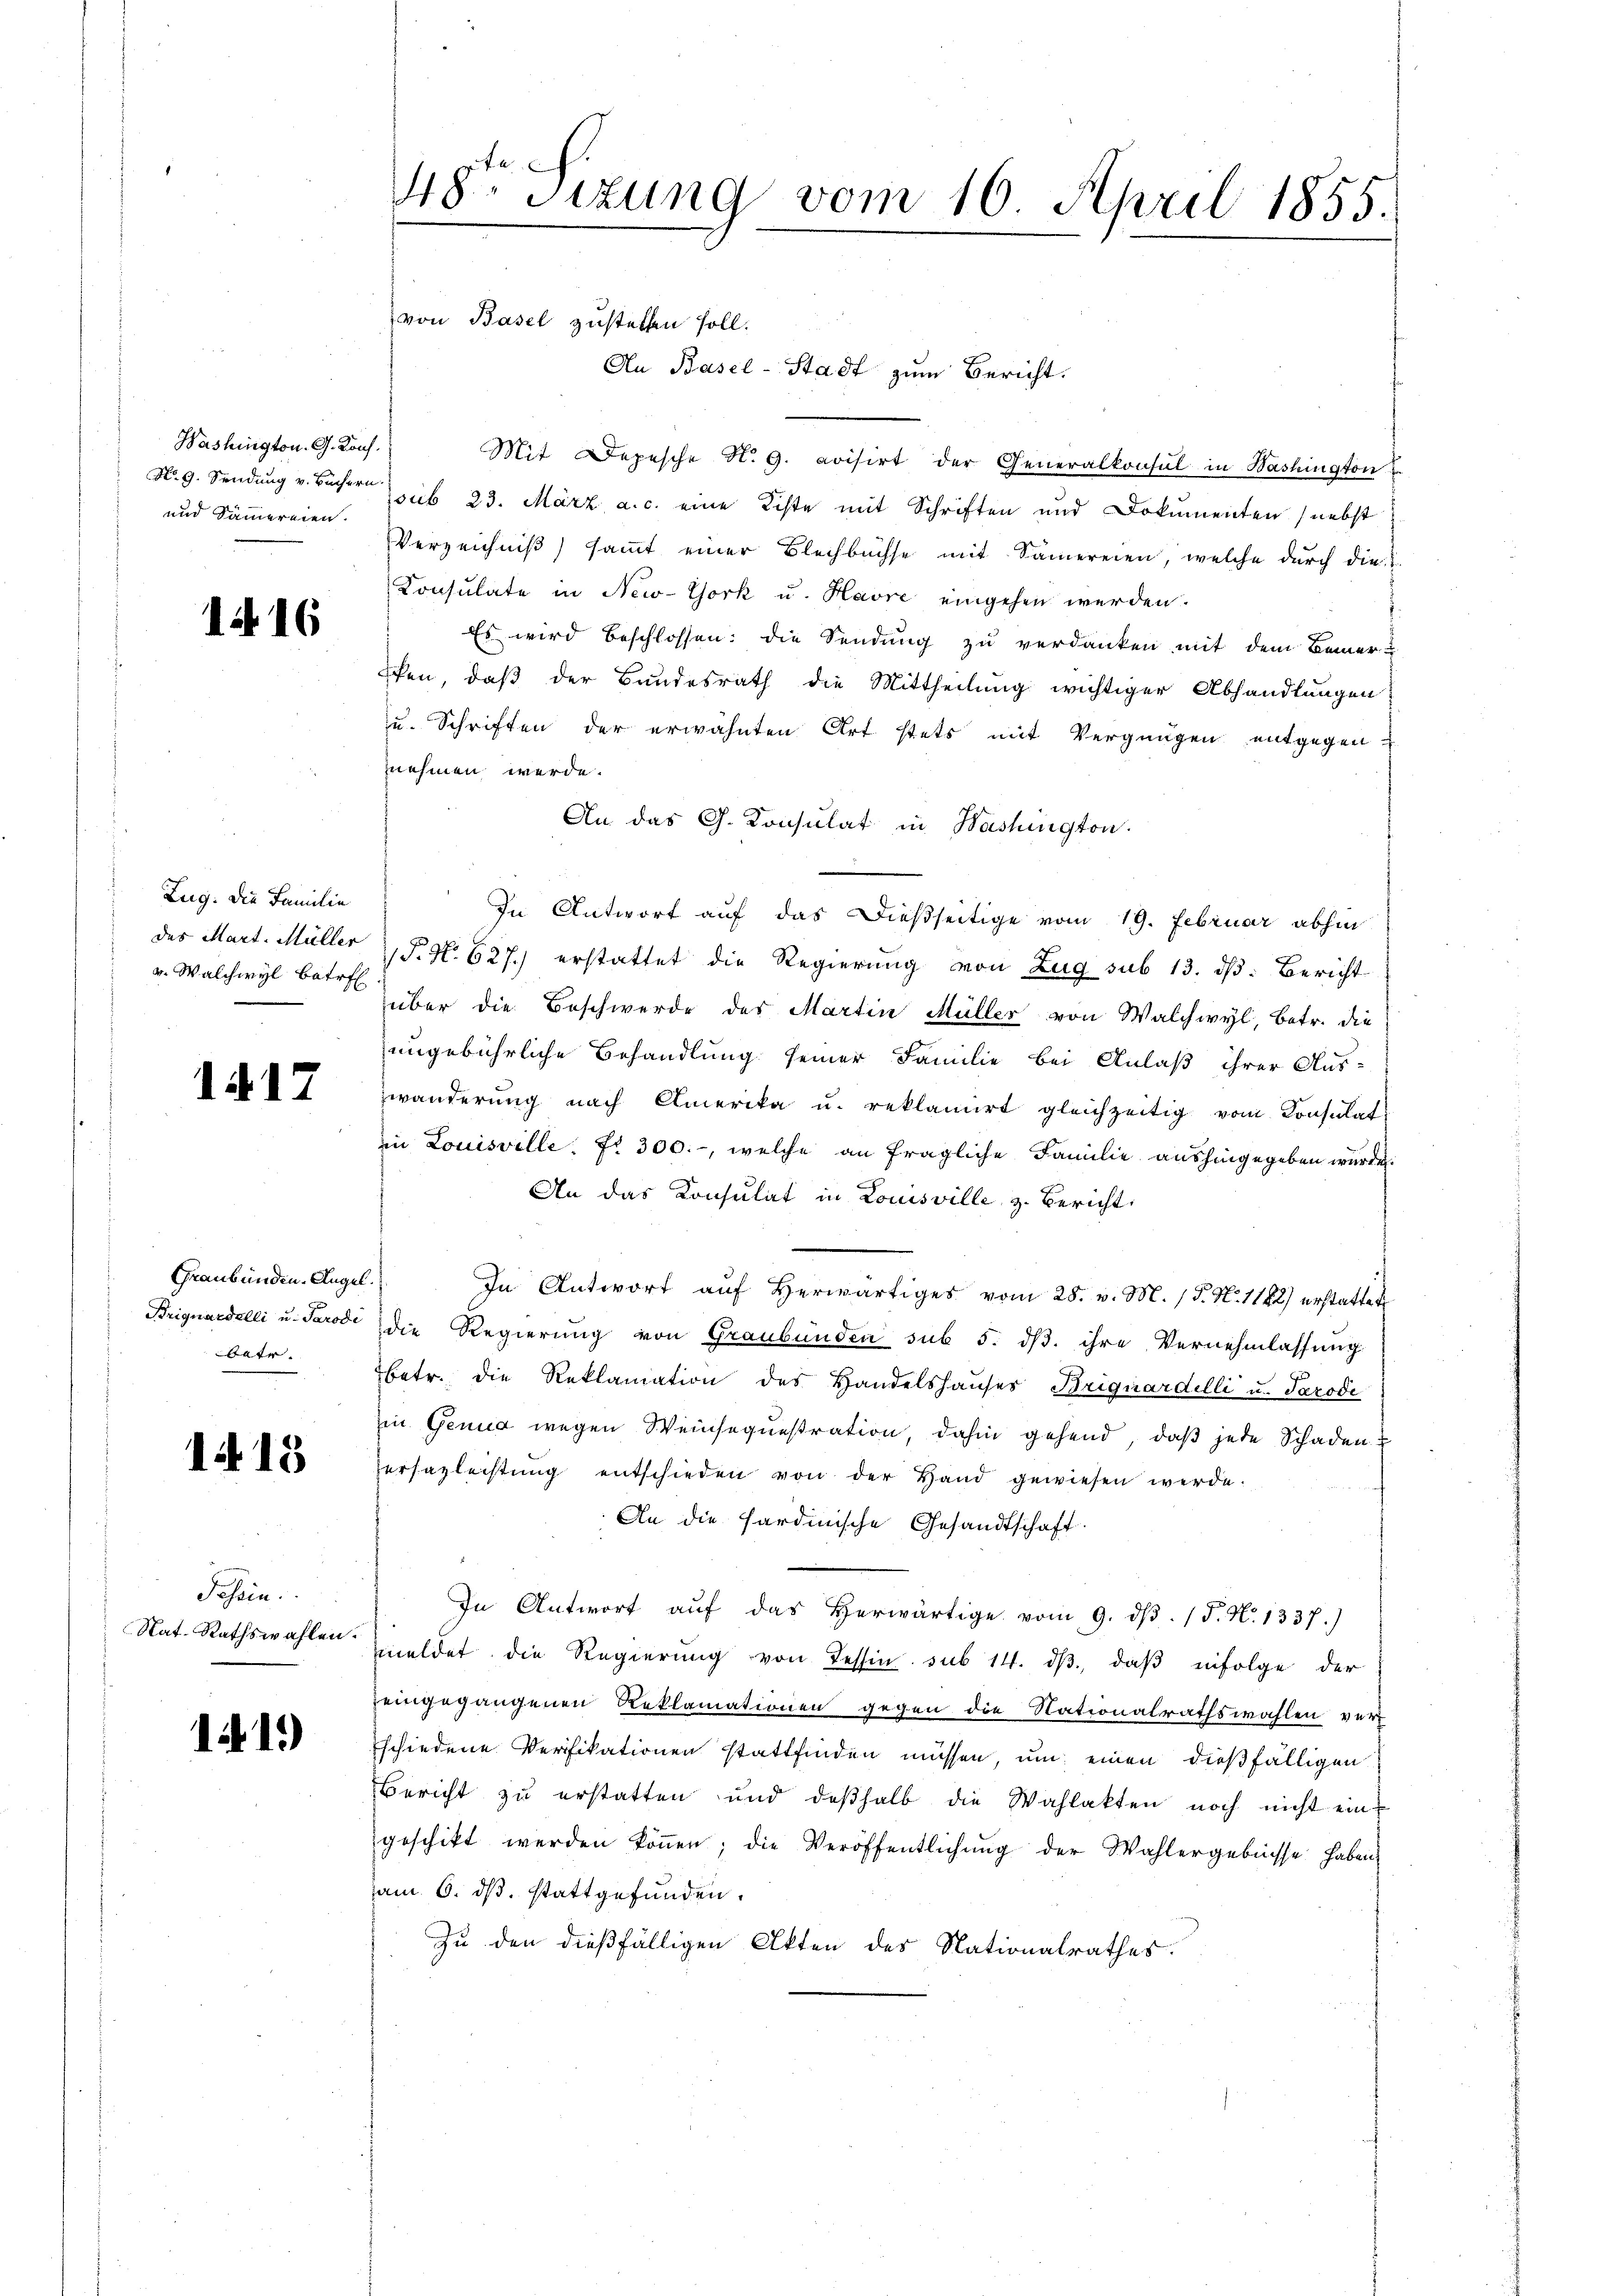
Washington. G. Konf.
und Sammereien.

1416

Zug: Die Familie
des Mart. Müller
v. Walchwyl betr

1417

Graubünden-Angel
Briguardelli u. Parodi
betr.

118

41.)

Schein.
Nat. Rathswahlen.

48. Sizung vom 10. April 1855.

von Basel zustellen soll.
An Basel-Stadt zum Bericht.
Mit Depesche N. 9. avisirt der Generalkonsul in Washington
No. 9. Sendung v. Büchern sub 23. März a. c. eine Kiste mit Schriften und Dokumenten (nebst
Verzeichniß) sammt einer Blechbüchse mit Samereien, welche durch die
Consulate in New-York u. Havre eingehen werden.
Es wird beschlossen: die Sendung zu verdanken mit dem Bemerhen, daß der Bundesrath die Mittheilung wichtiger Abhandlungen
zu. Schriften der erwähnten Art stets mit Vergnügen entgegen
nehmen werde.
An das G. Konsulat in Washington.
In Antwort auf das dießseitige vom 19. Februar abhin
P. Nr. 627.) erstattet die Regierung von Zug sub 13. dβ. Bericht
über die Beschwerde des Martin Müller von Walchwyl, betr. die
ungebührliche Behandlung seiner Familie bei Anlaß ihrer Aus-
wanderung nach Amerika u. reklamirt gleichzeitig vom Konsulat
in Louisville. Fr. 300.-, welche an fragliche Familie aushingegeben wurde.
An das Konsulat in Louisville z. Bericht:
In Antwort auf herwärtiges vom 28. v. M. (T. N. 1182) erstattet
die Regierung von Graubünden sub 5. dβ. ihre Vernehmlassung
betr. die Reklamation des Handelshauses Briguardelli u. Tarodi
in Genug wegen Weinsequestration, dahin gehend, daß jede Schaden u
ersazleistŭng entschieden von der Hand gewiesen werde.
An die Sardinische Gesandtschaft.
In Antwort aŭf das herwärtige vom 9. dβ. /F. N. 1337)
meldet die Regierung von Tessin sub 14. dβ, daß infolge der
eingegangenen Reklamationen gegen die Nationalrathswahlen ver-
schiedene Verifikationen stattfinden müssen, um einen dießfälligen
Bericht zu erstatten und deβhalb die Wahlakten noch nicht eingeschikt werden köṅen; die Veröffentlichŭng der Wahlergebnisse haben
am 6. dβ. stattgefunden.
Zu den dießfälligen Akten des Nationalrathes.